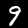
Digit: 9